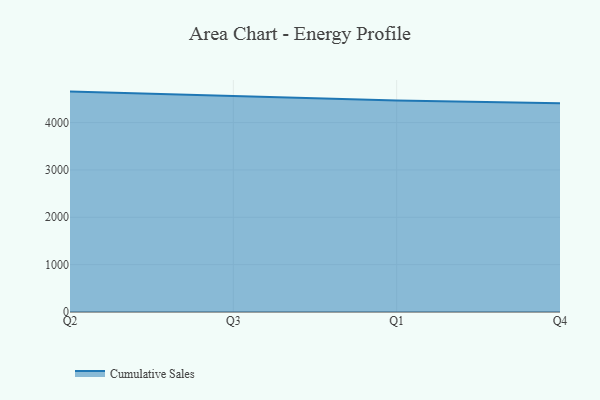
{"axis": {"x": "Quarter", "y": "Demand Index"}, "legend": ["Cumulative Sales"], "data": [{"x": "Q2", "y": 4653.9, "type": "Cumulative Sales"}, {"x": "Q3", "y": 4553.2, "type": "Cumulative Sales"}, {"x": "Q1", "y": 4464.2, "type": "Cumulative Sales"}, {"x": "Q4", "y": 4405.3, "type": "Cumulative Sales"}]}